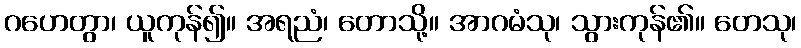
ဂဟေတွာ၊ ယူကုန်၍။ အရညံ၊ တောသို့။ အာဂမံသု၊ သွားကုန်၏။ တေသု၊